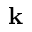
\textbf { k }